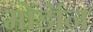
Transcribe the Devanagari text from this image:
मोंडॉन